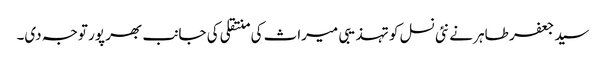
سید جعفر طاہر نے نئی نسل کو تہذیبی میراث کی منتقلی کی جانب بھر پور توجہ دی۔